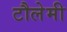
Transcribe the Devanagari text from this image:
टौलेमी